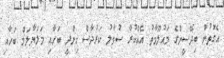
އެގޮތުން ބިދޭސީންގެ މައުލޫމާތު އެއްކުރާ ސުވާލު ކަރުދާސް ހިންދީ ބަހާއި މަލަޔާލަމް ބަހާއި